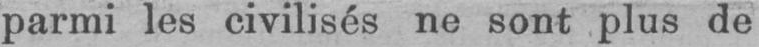
parmi les civilisés ne sont plus de